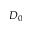
D _ { 0 }